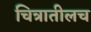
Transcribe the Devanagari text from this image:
चित्रातीलच